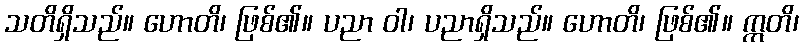
သတိရှိသည်။ ဟောတိ၊ ဖြစ်၏။ ပညာ ဝါ၊ ပညာရှိသည်။ ဟောတိ၊ ဖြစ်၏။ ဣတိ၊